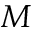
M